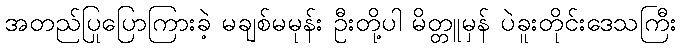
အတည်ပြုပြောကြားခဲ့ မချစ်မမုန်း ဦးတို့ပါ မိတ္တူမှန် ပဲခူးတိုင်းဒေသကြီး